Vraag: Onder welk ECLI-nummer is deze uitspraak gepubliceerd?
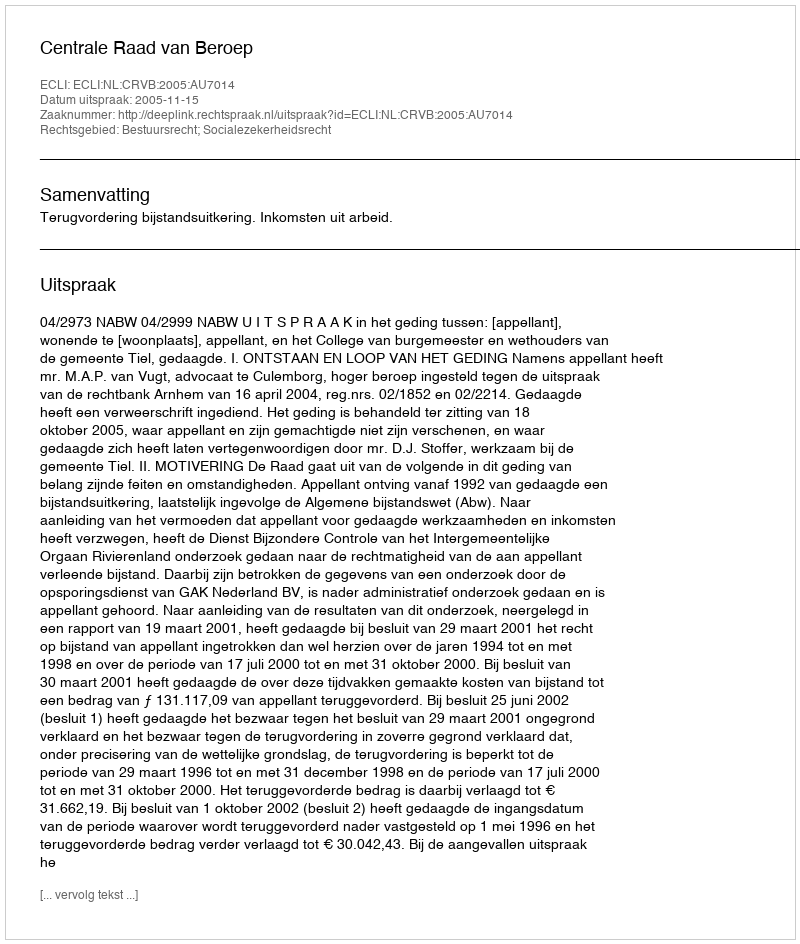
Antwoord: ECLI:NL:CRVB:2005:AU7014